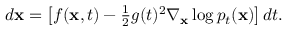
\begin{array} { r } { d \mathbf { x } = \left[ f ( \mathbf { x } , t ) - \frac { 1 } { 2 } g ( t ) ^ { 2 } \nabla _ { \mathbf { x } } \log p _ { t } ( \mathbf { x } ) \right] d t . } \end{array}